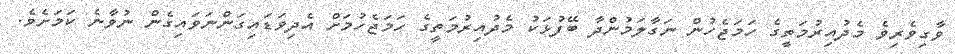
ވާގިވެރިވެ މެދުއިރުމަތީގެ ހަމަޖެހުން ނަގާލަމުންދާ ބޭފުޅަކު މެދުއިރުމަތީގެ ހަމަޖެހުމަށް އެދިވަޑައިގަންނަވައިގެން ނުވާނެ ކަމަށެވެ.